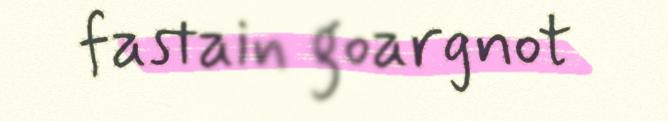
fastain goargnot